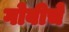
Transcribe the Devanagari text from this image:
गोबीचे